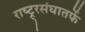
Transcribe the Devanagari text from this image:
राष्ट्र्रसंघातर्फे